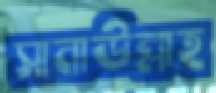
সানাউল্লাহ